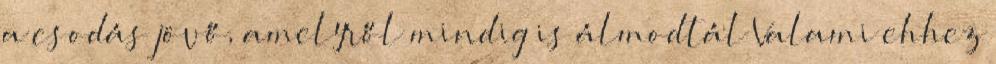
a csodás jövő, amelyről mindig is álmodtál Valami ehhez